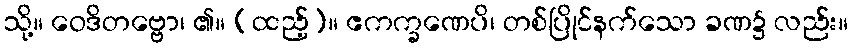
သို့။ ဝေဒိတဗ္ဗော၊ ၏။ (ထည့်)။ ဧကက္ခဏေပိ၊ တစ်ပြိုင်နက်သော ခဏ၌ လည်း။